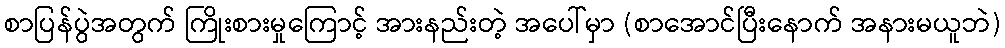
စာပြန်ပွဲအတွက် ကြိုးစားမှုကြောင့် အားနည်းတဲ့ အပေါ်မှာ (စာအောင်ပြီးနောက် အနားမယူဘဲ)